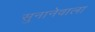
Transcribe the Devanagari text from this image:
सुनानेवाला